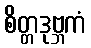
စိတ္တဒုဗ္ဘကံ